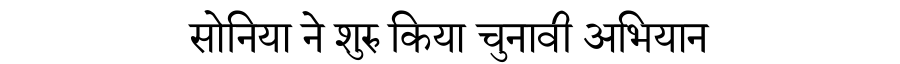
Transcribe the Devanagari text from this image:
सोनिया ने शुरु किया चुनावी अभियान